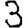
Digit: 3